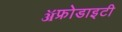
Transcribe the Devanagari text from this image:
ॲफ्रोडाइटी